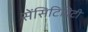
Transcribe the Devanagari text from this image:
सेंसिटिविटी